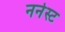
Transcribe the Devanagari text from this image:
नर्नस्ट